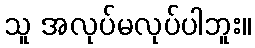
သူ အလုပ်မလုပ်ပါဘူး။